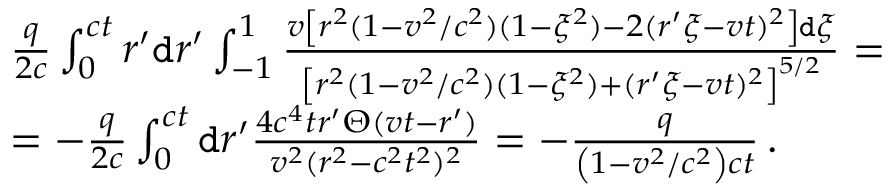
\begin{array} { r l } & { \frac { q } { 2 c } \int _ { 0 } ^ { c t } r ^ { \prime } \mathtt { d } r ^ { \prime } \int _ { - 1 } ^ { 1 } \frac { v \left[ r ^ { 2 } ( 1 - v ^ { 2 } / c ^ { 2 } ) ( 1 - \xi ^ { 2 } ) - 2 ( r ^ { \prime } \xi - v t ) ^ { 2 } \right] \mathtt { d } \xi } { \left[ r ^ { 2 } ( 1 - v ^ { 2 } / c ^ { 2 } ) ( 1 - \xi ^ { 2 } ) + ( r ^ { \prime } \xi - v t ) ^ { 2 } \right] ^ { 5 / 2 } } = } \\ & { = - \frac { q } { 2 c } \int _ { 0 } ^ { c t } \mathtt { d } r ^ { \prime } \frac { 4 c ^ { 4 } t r ^ { \prime } \Theta ( v t - r ^ { \prime } ) } { v ^ { 2 } ( r ^ { 2 } - c ^ { 2 } t ^ { 2 } ) ^ { 2 } } = - \frac { q } { \left( 1 - { v ^ { 2 } } / { c ^ { 2 } } \right) c t } \, . } \end{array}